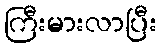
ကြီးမားလာပြီး